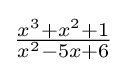
{\tfrac {x^{3}+x^{2}+1}{x^{2}-5x+6}}